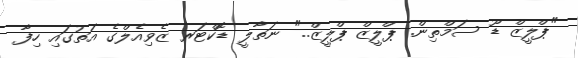
"ޕްލީޒް ޑޫ ސަމްތިން. ޕްލީޒް ޕްލީޒް.." ނަތާލީ ޑޮކްޓަރ ޒެވިއެލްގެ އަތުގައި ހިފާ